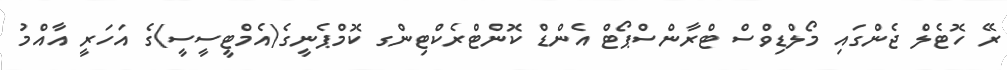
ރޭ ހޮޓެލް ޖެންގައި މޯލްޑިވްސް ޓްރާންސްޕޯޓް އެންޑް ކޮންޓްރެކްޓިންގ ކޮމްޕެނީގެ(އެމްޓީސީސީ)ގެ އަހަރީ އާއްމު